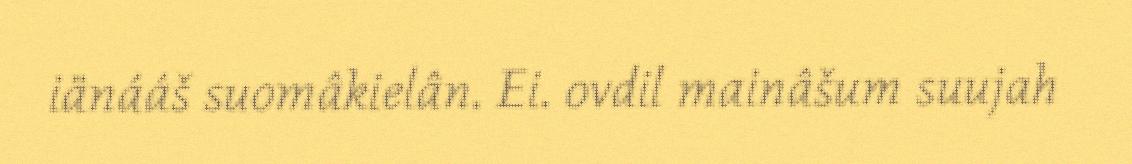
iänááš suomâkielân. Ei. ovdil mainâšum suujah